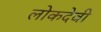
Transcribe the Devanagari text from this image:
लोकदेवी